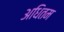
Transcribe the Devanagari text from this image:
अधितम